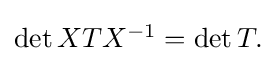
{\textstyle \det XTX^{-1}=\det T.}